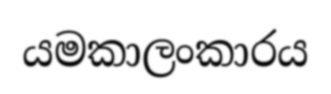
යමකාලංකාරය